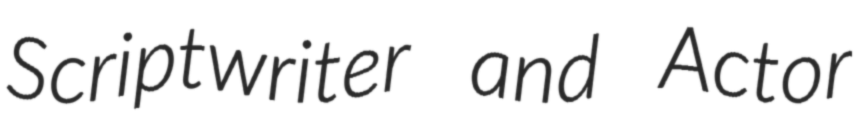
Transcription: Scriptwriter and Actor